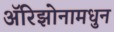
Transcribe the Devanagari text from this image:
अॅरिझोनामधुन